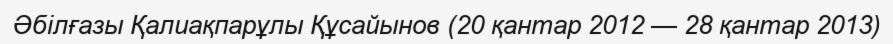
Әбілғазы Қалиақпарұлы Құсайынов (20 қантар 2012 — 28 қантар 2013)